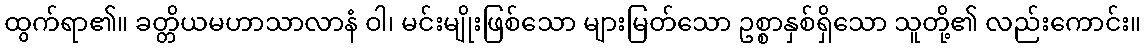
ထွက်ရာ၏။ ခတ္တိယမဟာသာလာနံ ဝါ၊ မင်းမျိုးဖြစ်သော များမြတ်သော ဥစ္စာနှစ်ရှိသော သူတို့၏ လည်းကောင်း။